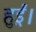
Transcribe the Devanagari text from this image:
हुई़ं।